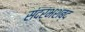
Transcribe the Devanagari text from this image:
संदर्भशब्द